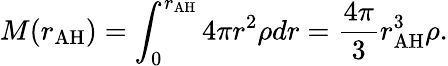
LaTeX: M(r_{\mathrm{AH}})=\int_{0}^{r_{\mathrm{AH}}}4\pi r^{2}\rho dr=\frac{4\pi}{3}r_{\mathrm{AH}}^{3}\rho.